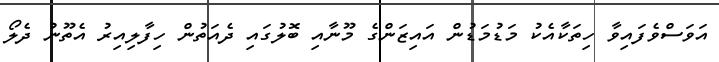
އަވަސްވެފައިވާ ހިތަކާއެކު މަޑުމަޑުން އައިޒަންގެ މޫނާއި ބޮލުގައި ދެއަތުން ހިފާލިއިރު އެތޫނު ދެލޯ